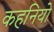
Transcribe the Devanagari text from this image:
कहनियो